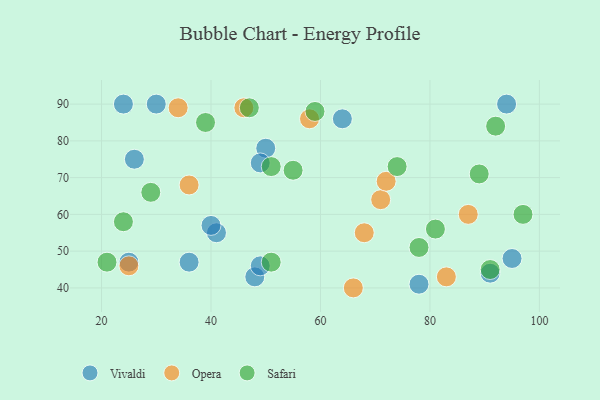
{"axis": {"x": "GDP", "y": "Life Expectancy"}, "legend": ["Opera", "Safari", "Vivaldi"], "data": [{"x": "95", "y": 48, "type": "Vivaldi"}, {"x": "48", "y": 43, "type": "Vivaldi"}, {"x": "50", "y": 78, "type": "Vivaldi"}, {"x": "41", "y": 55, "type": "Vivaldi"}, {"x": "30", "y": 90, "type": "Vivaldi"}, {"x": "26", "y": 75, "type": "Vivaldi"}, {"x": "64", "y": 86, "type": "Vivaldi"}, {"x": "94", "y": 90, "type": "Vivaldi"}, {"x": "49", "y": 46, "type": "Vivaldi"}, {"x": "36", "y": 47, "type": "Vivaldi"}, {"x": "24", "y": 90, "type": "Vivaldi"}, {"x": "40", "y": 57, "type": "Vivaldi"}, {"x": "25", "y": 47, "type": "Vivaldi"}, {"x": "91", "y": 44, "type": "Vivaldi"}, {"x": "78", "y": 41, "type": "Vivaldi"}, {"x": "49", "y": 74, "type": "Vivaldi"}, {"x": "71", "y": 64, "type": "Opera"}, {"x": "25", "y": 46, "type": "Opera"}, {"x": "58", "y": 86, "type": "Opera"}, {"x": "66", "y": 40, "type": "Opera"}, {"x": "83", "y": 43, "type": "Opera"}, {"x": "46", "y": 89, "type": "Opera"}, {"x": "34", "y": 89, "type": "Opera"}, {"x": "87", "y": 60, "type": "Opera"}, {"x": "36", "y": 68, "type": "Opera"}, {"x": "68", "y": 55, "type": "Opera"}, {"x": "72", "y": 69, "type": "Opera"}, {"x": "55", "y": 72, "type": "Safari"}, {"x": "97", "y": 60, "type": "Safari"}, {"x": "47", "y": 89, "type": "Safari"}, {"x": "29", "y": 66, "type": "Safari"}, {"x": "51", "y": 73, "type": "Safari"}, {"x": "39", "y": 85, "type": "Safari"}, {"x": "24", "y": 58, "type": "Safari"}, {"x": "89", "y": 71, "type": "Safari"}, {"x": "21", "y": 47, "type": "Safari"}, {"x": "51", "y": 47, "type": "Safari"}, {"x": "92", "y": 84, "type": "Safari"}, {"x": "91", "y": 45, "type": "Safari"}, {"x": "78", "y": 51, "type": "Safari"}, {"x": "59", "y": 88, "type": "Safari"}, {"x": "81", "y": 56, "type": "Safari"}, {"x": "74", "y": 73, "type": "Safari"}]}